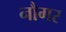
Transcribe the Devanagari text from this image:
नौगर